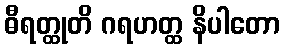
ဓီရတ္ထုတိ ဂရဟတ္ထ နိပါတော